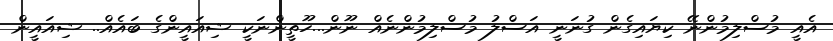
އެއީ މުސްލިމުންނޭ ކިޔައިގެން ގުނަނީ އަސްލު މުސްލިމުންނެއް ނޫން...ހޫތީންނަކީ ޝިއައީންގެ ބައެއް.. ޝިއައީން